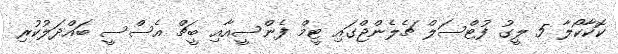
ކޮކާކޯލާ 5 ލީގު ފުޓްސަލް ޗެލެންޖްގައި ޓީމް ފެންސީއާއި ބީޗް އެސްސީ ބައްދަލުކުރި